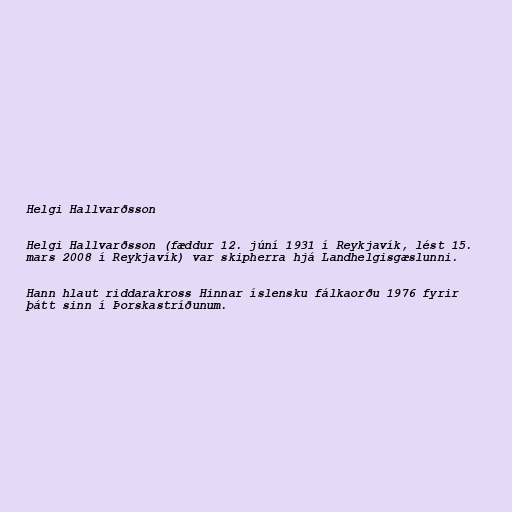
Helgi Hallvarðsson

Helgi Hallvarðsson (fæddur 12. júní 1931 í Reykjavík, lést 15.
mars 2008 í Reykjavík) var skipherra hjá Landhelgisgæslunni.

Hann hlaut riddarakross Hinnar íslensku fálkaorðu 1976 fyrir
þátt sinn í Þorskastríðunum.